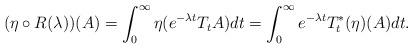
LaTeX: \begin{align*} (\eta \circ R(\lambda))(A) = \int_0^{\infty} \eta (e^{-\lambda t}T_tA) dt = \int_0^{\infty}e^{-\lambda t} T_t^*(\eta)(A) dt.\end{align*}